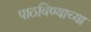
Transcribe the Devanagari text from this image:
पाठविण्याच्या